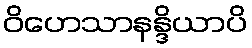
ဝိဟေသာနန္ဒိယာပိ